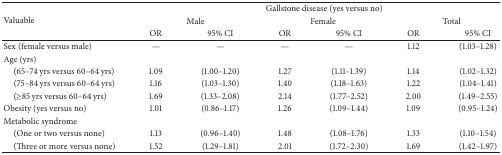
<table><thead><tr><td rowspan="3"><b>Valuable</b></td><td colspan="6"><b>Gallstone disease (yes versus no)</b></td></tr><tr><td colspan="2"><b>Male</b></td><td colspan="2"><b>Female</b></td><td colspan="2"><b>Total</b></td></tr><tr><td><b>OR</b></td><td><b>95% CI</b></td><td><b>OR</b></td><td><b>95% CI</b></td><td><b>OR</b></td><td><b>95% CI</b></td></tr></thead><tbody><tr><td>Sex (female versus male)</td><td>—</td><td>—</td><td>—</td><td>—</td><td>1.12</td><td>(1.03–1.28)</td></tr><tr><td>Age (yrs)</td><td> </td><td> </td><td> </td><td> </td><td> </td><td> </td></tr><tr><td> (65–74 yrs versus 60–64 yrs)</td><td>1.09</td><td>(1.00–1.20)</td><td>1.27</td><td>(1.11–1.39)</td><td>1.14</td><td>(1.02–1.32)</td></tr><tr><td> (75–84 yrs versus 60–64 yrs)</td><td>1.16</td><td>(1.03–1.30)</td><td>1.40</td><td>(1.18–1.63)</td><td>1.22</td><td>(1.04–1.41)</td></tr><tr><td> (≥85 yrs versus 60–64 yrs)</td><td>1.69</td><td>(1.33–2.08)</td><td>2.14</td><td>(1.77–2.52)</td><td>2.00</td><td>(1.49–2.55)</td></tr><tr><td>Obesity (yes versus no)</td><td>1.01</td><td>(0.86–1.17)</td><td>1.26</td><td>(1.09–1.44)</td><td>1.09</td><td>(0.95–1.24)</td></tr><tr><td>Metabolic syndrome </td><td> </td><td> </td><td> </td><td> </td><td> </td><td> </td></tr><tr><td> (One or two versus none)</td><td>1.13</td><td>(0.96–1.40)</td><td>1.48</td><td>(1.08–1.76)</td><td>1.33</td><td>(1.10–1.54)</td></tr><tr><td> (Three or more versus none)</td><td>1.52</td><td>(1.29–1.81)</td><td>2.01</td><td>(1.72–2.30)</td><td>1.69</td><td>(1.42–1.97)</td></tr></tbody></table>